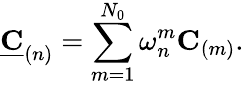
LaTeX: \underline{{\mathbf{C}}}_{(n)}=\sum_{m=1}^{N_{0}}\omega_{n}^{m}\mathbf{C}_{(m)}.